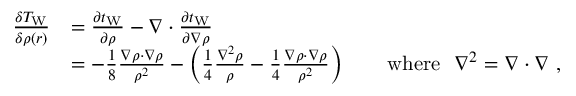
{ \begin{array} { r l } { { \frac { \delta T _ { \mathrm { W } } } { \delta \rho ( { \boldsymbol { r } } ) } } } & { = { \frac { \partial t _ { \mathrm { W } } } { \partial \rho } } - \nabla \cdot { \frac { \partial t _ { \mathrm { W } } } { \partial \nabla \rho } } } \\ & { = - { \frac { 1 } { 8 } } { \frac { \nabla \rho \cdot \nabla \rho } { \rho ^ { 2 } } } - \left( { \frac { 1 } { 4 } } { \frac { \nabla ^ { 2 } \rho } { \rho } } - { \frac { 1 } { 4 } } { \frac { \nabla \rho \cdot \nabla \rho } { \rho ^ { 2 } } } \right) \qquad { \mathrm { w h e r e } } \ \ \nabla ^ { 2 } = \nabla \cdot \nabla \ , } \end{array} }